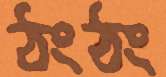
ঠংঠং